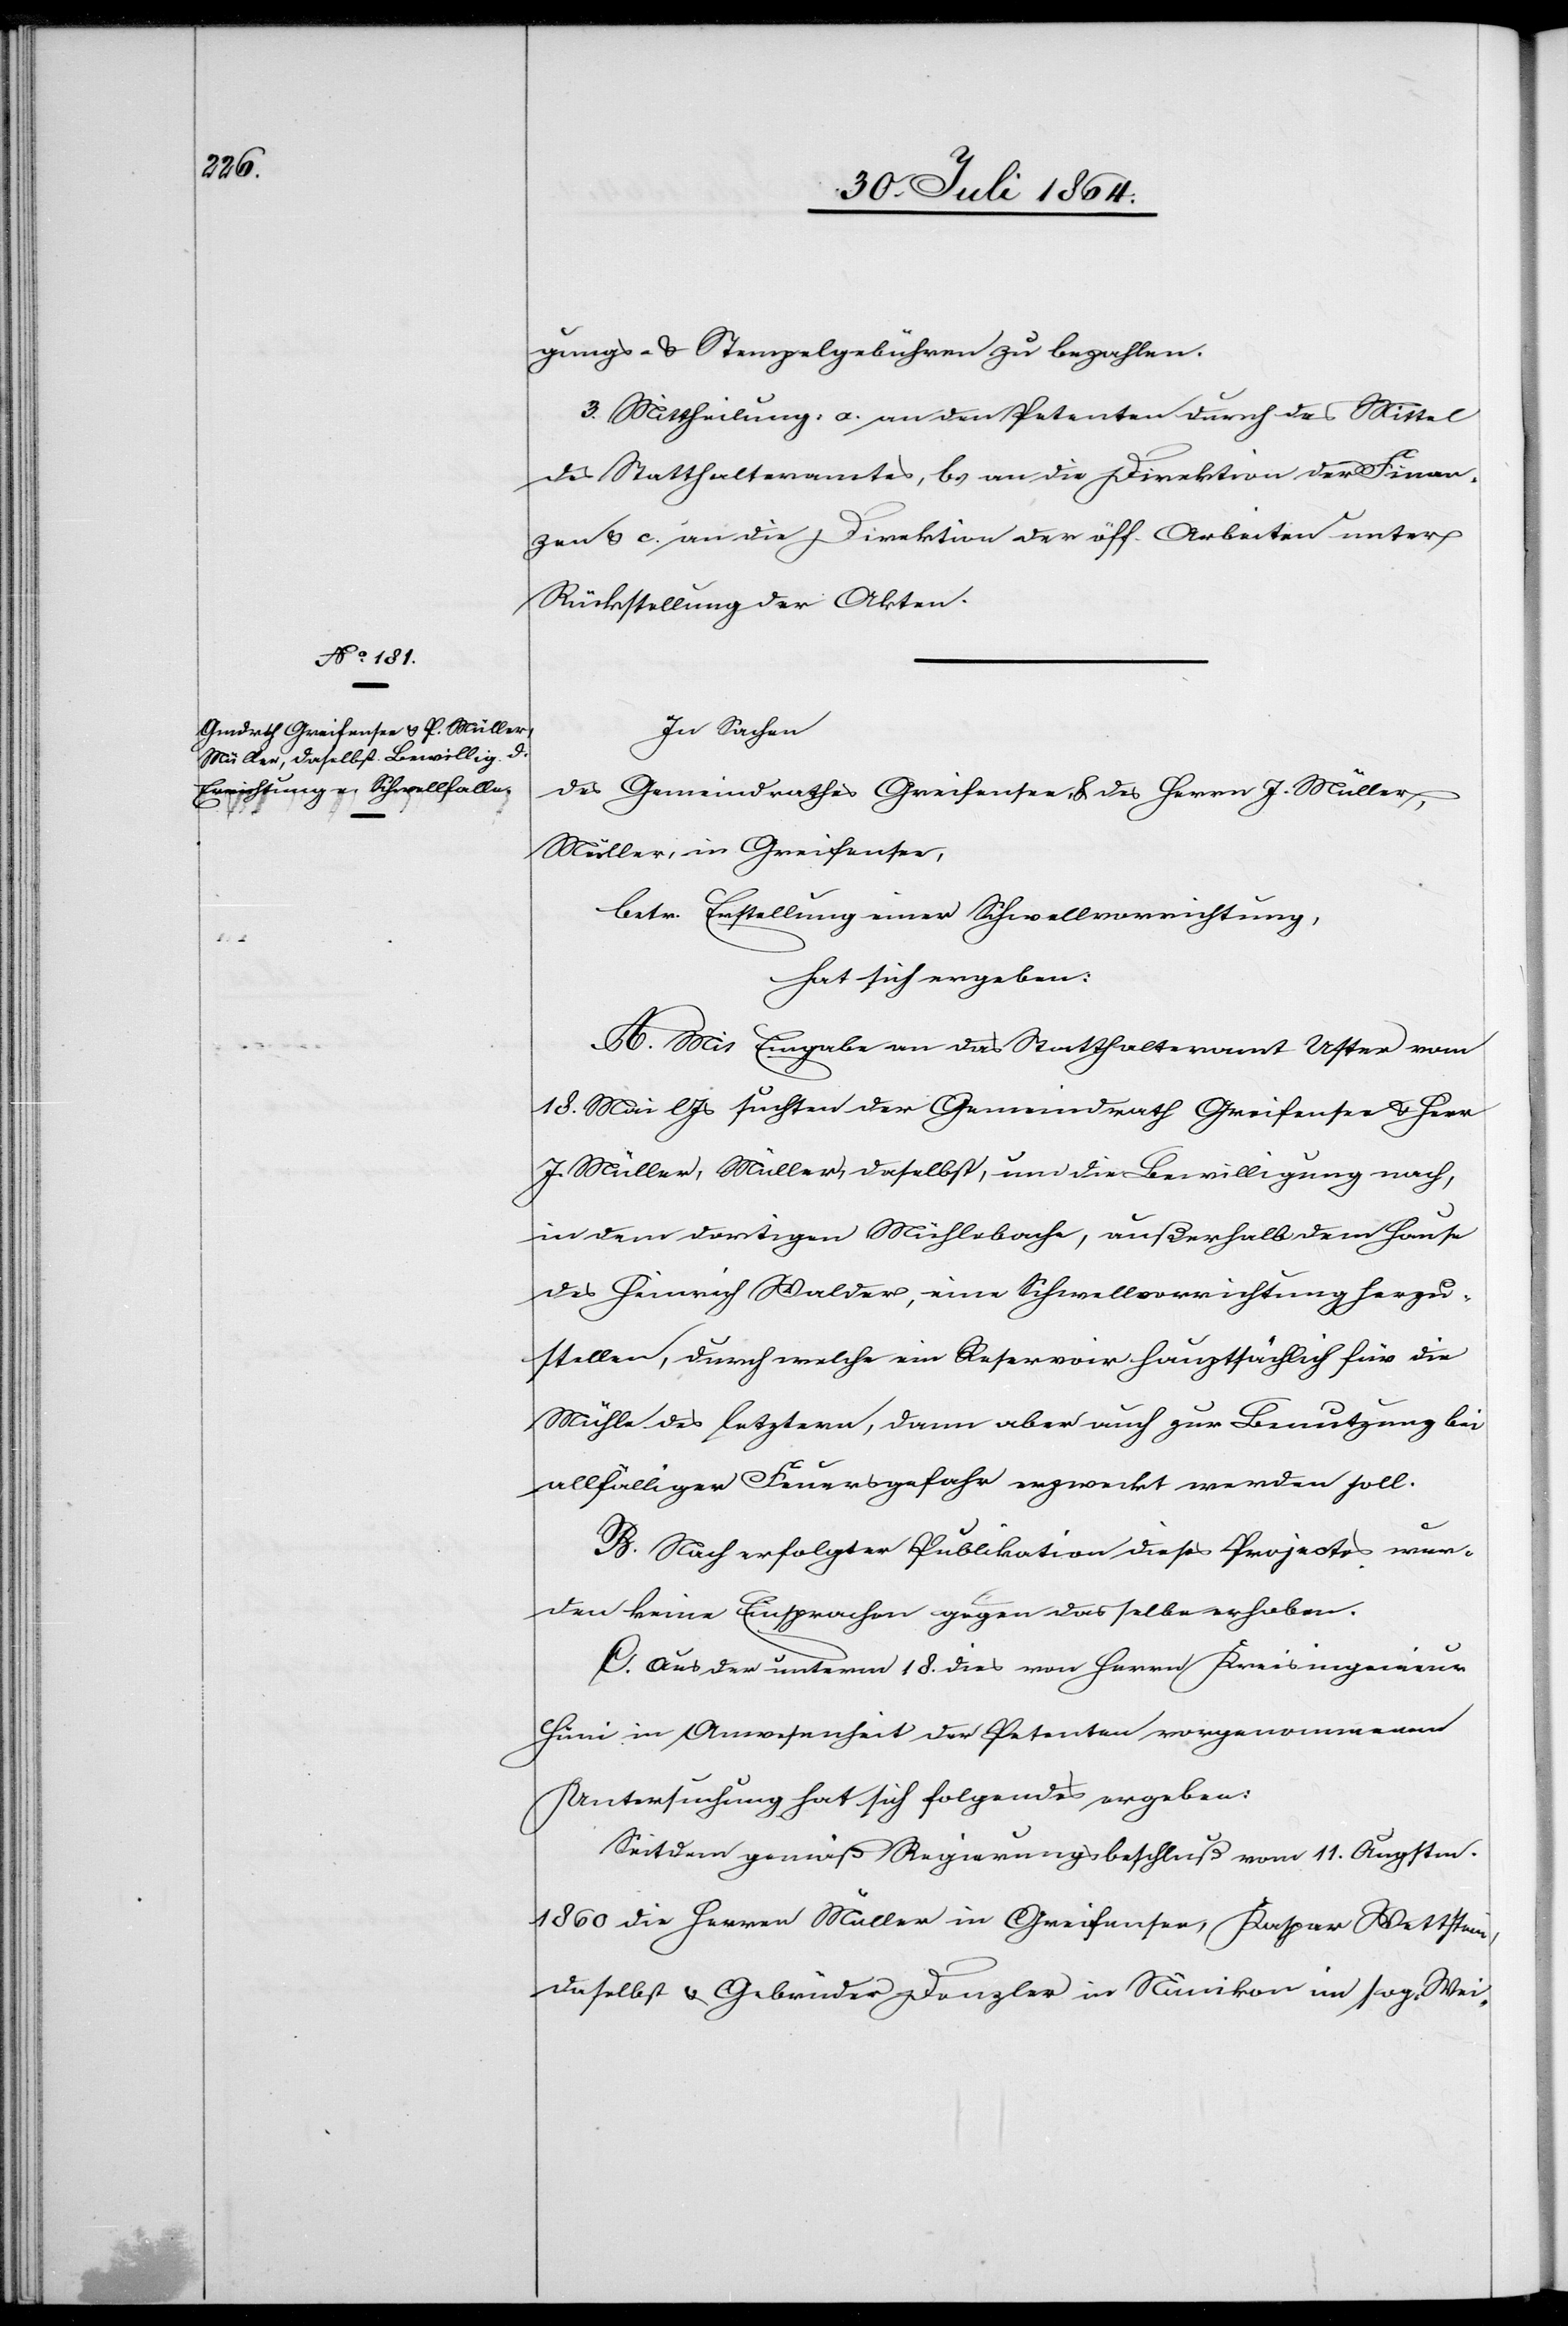
gungs- & Stempelgebühren zu bezahlen.
3. Mittheilung: a. an den Petenten durch das Mittel
des Statthalteramtes, b. an die Direktion der Finan¬
zen & c. an die Direktion der öff. Arbeiten unter
Rückstellung der Akten.
In Sachen
des Gemeindrathes Greifensee & des Herrn J. Müller
Müller, in Greifensee,
betr. Erstellung einer Schwellvorrichtung,
hat sich ergeben:
A. Mit Eingabe an das Statthalteramt Uster vom
18. Mai l. Js. suchten der Gemeindrath Greifensee & Herr
J. Müller, Müller, daselbst, um die Bewilligung nach,
in dem dortigen Mühlbache, außerhalb dem Hause
des Heinrich Walder, eine Schwellvorrichtung herzu¬
stellen, durch welche ein Reservoir hauptsächlich für die
Mühle des letztern, dann aber auch zur Benutzung bei
allfälliger Feuersgefahr erzweckt werden soll.
B. Nach erfolgter Publikation dieses Projectes wur¬
den keine Einsprachen gegen dasselbe erhoben.
C. Aus der unterm 18. dies von Herrn Kreisingenieur
Häni in Anwesenheit der Petenten vorgenommenen
Untersuchung hat sich folgendes ergeben:
Seit dem gemäß Regierungsbeschluß vom 11. Augstm.
1860 die Herren Müller in Greifensee, Kaspar Wettstein,
daselbst & Gebrüder Donzler in Nänikon im sog. Wei-